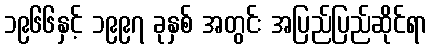
၁၉၆၆နှင့် ၁၉၉၇ ခုနှစ် အတွင်း အပြည်ပြည်ဆိုင်ရာ